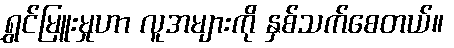
ရွှင်မြူးမှုဟာ လူအများကို နှစ်သက်စေတယ်။